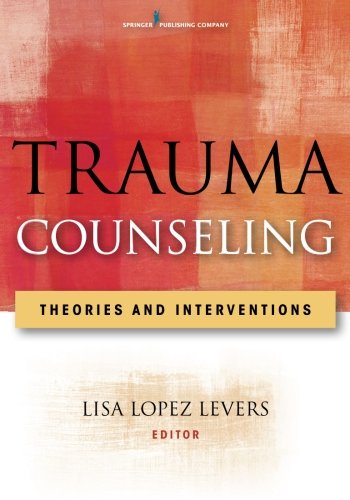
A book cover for Trauma Counseling: Theories and Interventions; Lisa Lopez Levers PhD  LPCC-S  LPC  CRC  NCC; Medical Books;